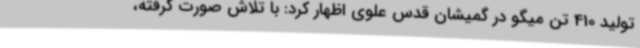
تولید 410 تن میگو در گمیشان قدس علوی اظهار کرد: با تلاش صورت گرفته،